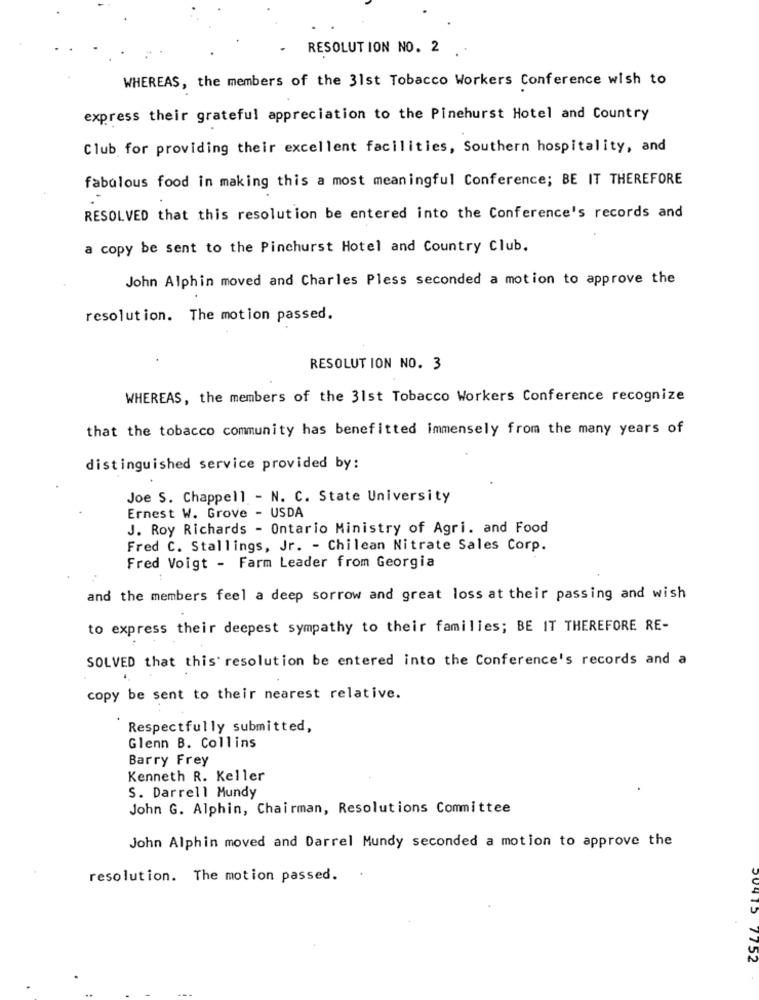
RESOLUTION NO. 2
WHEREAS, the members of the 31st Tobacco Workers Conference wish to
express their grateful appreciation to the Pinehurst Hotel and Country
Club for providing their excellent facilities, Southern hospitality, and
fabulous food in making this a most meaningful Conference; BE IT THEREFORE
RESOLVED that this resolution be entered into the Conference's records and
a copy be sent to the Pinchurst Hotel and Country Club.
John Alphin moved and Charles Pless seconded a motion to approve the
resolution. The motion passed.
RESOLUTION NO. 3
WHEREAS, the members of the 31st Tobacco Workers Conference recognize
that the tobacco community has benefitted immensely from the many years of
distinguished service provided by:
Joe S. Chappell - N. C. State University
Ernest W. Grove - USDA
J. Roy Richards - Ontario Ministry of Agri. and Food
Fred C. Stallings, Jr. - Chilean Nitrate Sales Corp.
Fred Voigt - Farm Leader from Georgia
and the members feel a deep sorrow and great loss at their passing and wish
to express their deepest sympathy to their families; BE IT THEREFORE RE-
SOLVED that this' resolution be entered into the Conference's records and a
copy be sent to their nearest relative.
Respectfully submitted,
Glenn B. Collins
Barry Frey
Kenneth R. Keller
S. Darrell Mundy
John G. Alphin, Chairman, Resolutions Committee
John Alphin moved and Darrel Mundy seconded a motion to approve the
resolution. The motion passed.
00415 7752